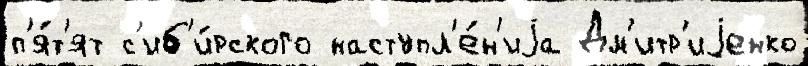
п'я́т'ят с'иб'и́рского наступл'е́н'иjа Дм'итр'иjенко